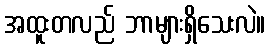
အထူးတလည် ဘာများရှိသေးလဲ။